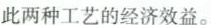
此两种工艺的经济效益。